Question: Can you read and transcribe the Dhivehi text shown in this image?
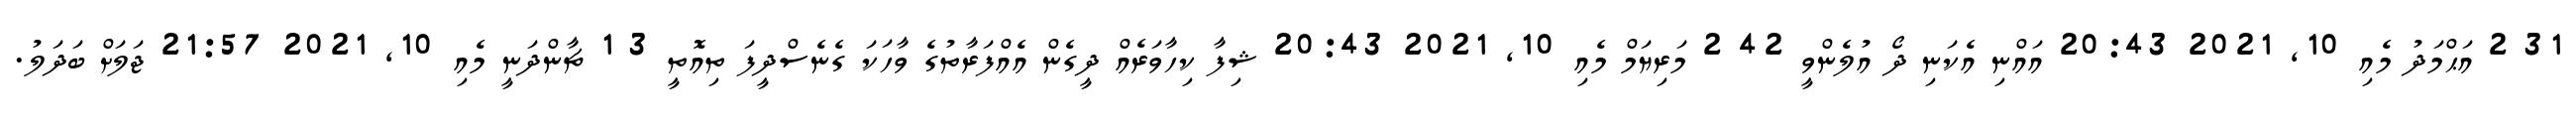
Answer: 31 2 އަޙްމަދު މެއި 10, 2021 20:43 އައްނި އެކަނި ދޯ އުލެންވީ 42 2 މަރިޔަމް މެއި 10, 2021 20:43 ޝިފާ ކިހާވަރެއް ދީގެން އެއްފަރާތުގެ ވާހަކަ ގެނެސްދީފަ ތިއޮތީ 3 1 ޗާންދަނީ މެއި 10, 2021 21:57 ޖަލަށް ބަދަލު.